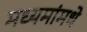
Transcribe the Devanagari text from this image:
मध्यमांमधे